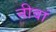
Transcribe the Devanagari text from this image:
नीवां